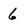
Character: 6